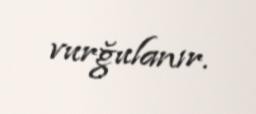
vurğulanır.